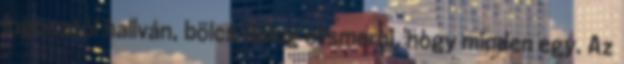
logosztól hallván, bölcs dolog elismerni, hogy minden egy. Az